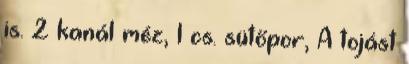
is. 2 kanál méz, 1 cs. sütőpor, A tojást